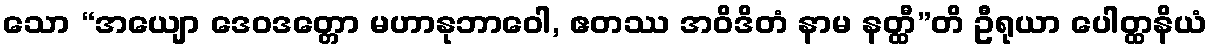
သော “အယျော ဒေဝဒတ္တော မဟာနုဘာဝေါ, ဧတဿ အဝိဒိတံ နာမ နတ္ထီ”တိ ဦရုယာ ပေါတ္ထနိယံ